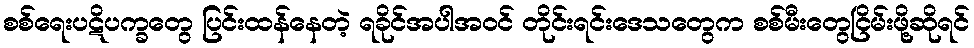
စစ်ရေးပဋိပက္ခတွေ ပြင်းထန်နေတဲ့ ရခိုင်အပါအဝင် တိုင်းရင်းဒေသတွေက စစ်မီးတွေငြိမ်းဖို့ဆိုရင်